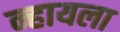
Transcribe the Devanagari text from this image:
न्हायला